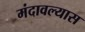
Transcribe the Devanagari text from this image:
मंदावल्यास